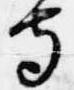
寺